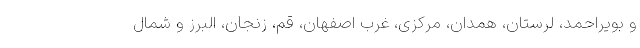
و بویراحمد، لرستان، همدان، مرکزی، غرب اصفهان، قم، زنجان، البرز و شمال